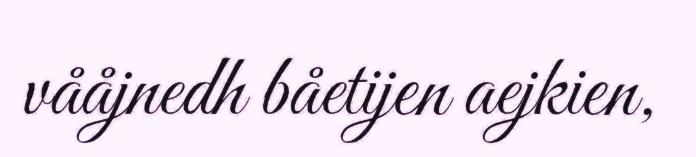
vååjnedh båetijen aejkien,